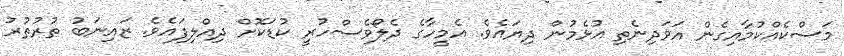
މަސްކެއްކުމާއިގެން އަވަދިނެތި އުޅެމުން ދިޔައެވެ. އެމީހާގެ ދެލޯވެސްހުރީ ކުޑަކޮށް ދިއްލިފައެވެ. ޒައިނަބު ތުރުތުރު